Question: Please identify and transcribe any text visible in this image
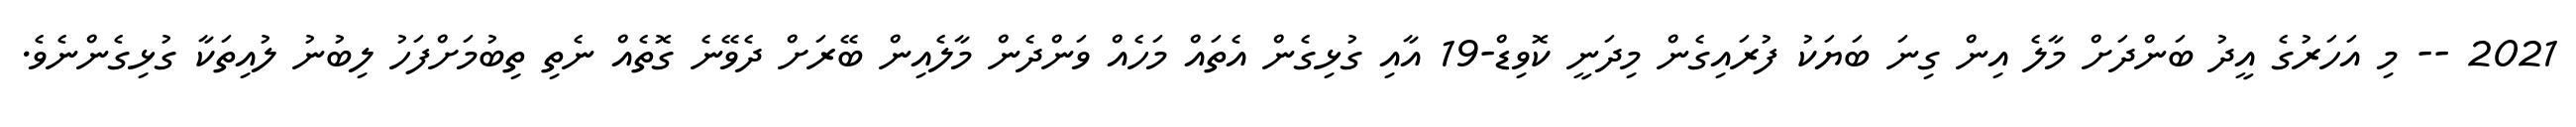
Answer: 2021 -- މި އަހަރުގެ އީދު ބަންދަށް މާލެ އިން ގިނަ ބަޔަކު ފުރައިގެން މިދަނީ ކޮވިޑް-19 އާއި ގުޅިގެން އެތައް މަހެއް ވަންދެން މާލެއިން ބޭރަށް ދެވޭނެ ގޮތެއް ނެތި ތިބުމަށްފަހު ލިބުނު ލުއިތަކާ ގުޅިގެންނެވެ.